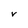
Character: v